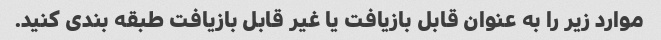
موارد زیر را به عنوان قابل بازیافت یا غیر قابل بازیافت طبقه بندی کنید.